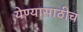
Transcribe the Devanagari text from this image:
येण्यासाठीच